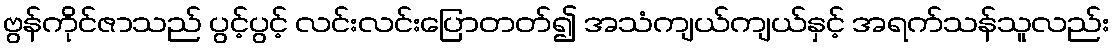
ဗွန်ကိုင်ဇာသည် ပွင့်ပွင့် လင်းလင်းပြောတတ်၍ အသံကျယ်ကျယ်နှင့် အရက်သန်သူလည်း